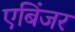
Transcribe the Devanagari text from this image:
एबिंजर